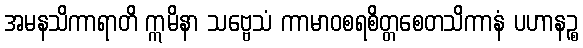
အမနသိကာရာတိ ဣမိနာ သဗ္ဗေသံ ကာမာဝစရစိတ္တစေတသိကာနံ ပဟာနဉ္စ